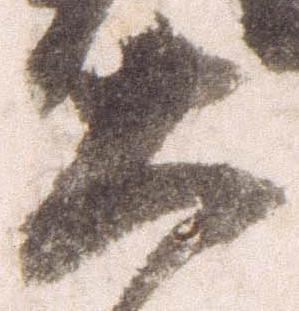
大